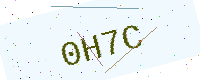
Text: 0H7C